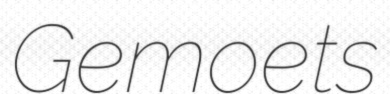
Gemoets